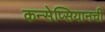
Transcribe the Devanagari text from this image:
कन्सेप्सियानची